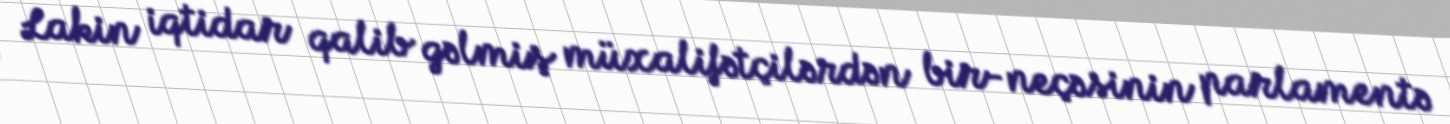
Lakin iqtidar qalib gəlmiş müxalifətçilərdən bir-neçəsinin parlamentə